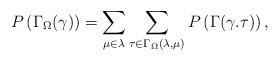
LaTeX: \begin{align*}P\left( \Gamma_{\Omega}(\gamma)\right) =\sum_{\mu\in\lambda}\sum_{\tau\in\Gamma_{\Omega}(\lambda,\mu)}P\left(\Gamma(\gamma.\tau)\right) ,\end{align*}